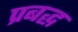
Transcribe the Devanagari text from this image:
प्रबद्ध